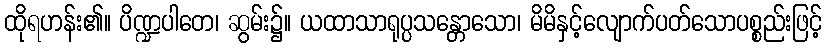
ထိုရဟန်း၏။ ပိဏ္ဍပါတေ၊ ဆွမ်း၌။ ယထာသာရုပ္ပသန္တောသော၊ မိမိနှင့်လျောက်ပတ်သောပစ္စည်းဖြင့်